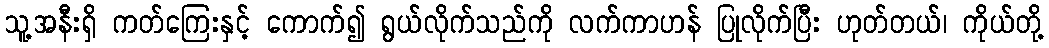
သူ့အနီးရှိ ကတ်ကြေးနှင့် ကောက်၍ ရွယ်လိုက်သည်ကို လက်ကာဟန် ပြုလိုက်ပြီး ဟုတ်တယ်၊ ကိုယ်တို့